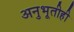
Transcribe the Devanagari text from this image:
अनुभूतीही